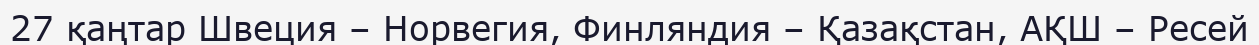
27 қаңтар Швеция – Норвегия, Финляндия – Қазақстан, АҚШ – Ресей